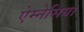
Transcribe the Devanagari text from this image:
ऐम्नेसिया